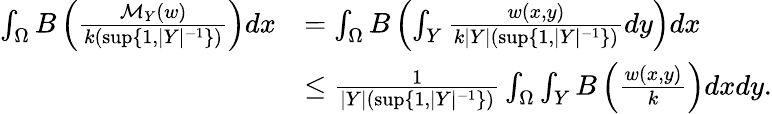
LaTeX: \begin{array}{rl}{\int_{\Omega}B\left(\frac{\mathcal{M}_{Y}\left(w\right)}{k(\operatorname*{sup}\{ 1,|Y|^{-1}\} )}\right)dx}&{=\int_{\Omega}B\left(\int_{Y}\frac{w\left(x,y\right)}{k\left\vert Y\right\vert(\operatorname*{sup}\{ 1,|Y|^{-1}\} )}dy\right)dx}\\ &{\leq\frac{1}{|Y|(\operatorname*{sup}\{ 1,|Y|^{-1}\} )}\int_{\Omega}\int_{Y}B\left(\frac{w\left(x,y\right)}{k}\right)dxdy.}\end{array}